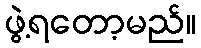
ဖွဲ့ရတော့မည်။